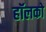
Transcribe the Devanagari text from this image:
हॉलको